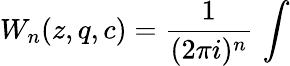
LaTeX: W_{n}(z,q,c)=\frac{1}{(2\pi i)^{n}}\, \int